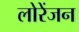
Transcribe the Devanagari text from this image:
लोरेंजन